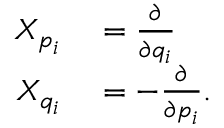
\begin{array} { r l } { X _ { p _ { i } } } & { { } = { \frac { \partial } { \partial q _ { i } } } } \\ { X _ { q _ { i } } } & { { } = - { \frac { \partial } { \partial p _ { i } } } . } \end{array}